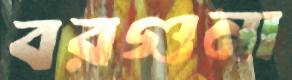
বরগুনা